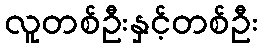
လူတစ်ဦးနှင့်တစ်ဦး